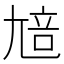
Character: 𡯳